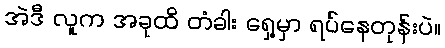
အဲဒီ လူက အခုထိ တံခါး ရှေ့မှာ ရပ်နေတုန်းပဲ။